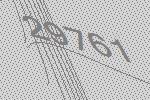
29761